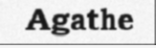
Agathe